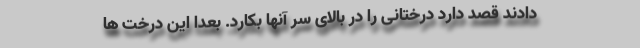
‌دادند قصد دارد درختانی را در بالای سر آنها بکارد. بعدا این درخت ها